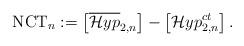
LaTeX: \begin{align*}{\rm NCT}_n := \left[\overline{\mathcal{H}yp}_{2,n}\right] - \left[{\mathcal{H}yp}^{ct}_{2,n}\right].\end{align*}